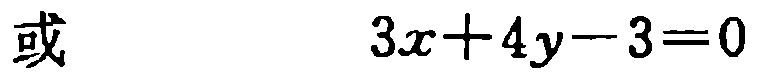
或 \(3x + 4y - 3 = 0\)